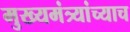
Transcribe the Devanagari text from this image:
मुख्यमंत्र्यांच्याच